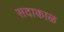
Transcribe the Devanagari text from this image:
सदाकाळ